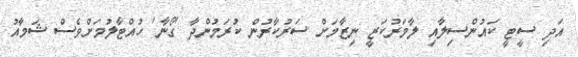
އަދި ސީޓީ ކައުންސިލާއި ލާމަރުކަޒީ ނިޒާމަށް ސަރުކާރުން ކުރަމުންދާ 'ގޯނާ' ހުއްޓާލުމަށްވެސް ޝަމާއު